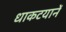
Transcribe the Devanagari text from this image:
धाकटयानें